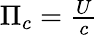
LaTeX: \begin{array}{r}{\Pi_{c}=\frac{U}{c}}\end{array}